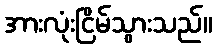
အားလုံးငြိမ်သွားသည်။